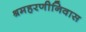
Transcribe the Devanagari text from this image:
श्रमहरणीनिवास